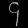
Digit: ၄